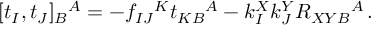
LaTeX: [ t _ { I } , t _ { J } ] _ { B } { } ^ { A } = - f _ { I J } { } ^ { K } t _ { K B } { } ^ { A } - k _ { I } ^ { X } k _ { J } ^ { Y } { \cal R } _ { X Y B } { } ^ { A } \, .